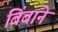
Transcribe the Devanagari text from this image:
बिंबाने